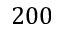
2 0 0